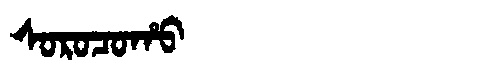
Manchu: ᠰᠣᡵᠣᠴᠣᡥᠣ
Romanization: SOROCOHO